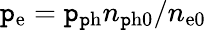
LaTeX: \mathtt{p}_{\mathrm{{e}}}=\mathtt{p}_{\mathrm{{\mathtt{p}h}}}n_{\mathrm{{\mathtt{p}h0}}}/n_{\mathrm{{e0}}}